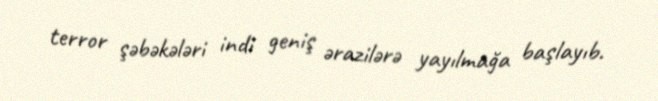
terror şəbəkələri indi geniş ərazilərə yayılmağa başlayıb.